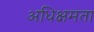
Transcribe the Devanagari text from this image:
अधिक्षमता